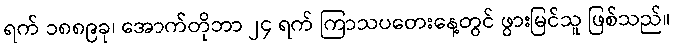
ရက် ၁၈၈၉ခု၊ အောက်တိုဘာ ၂၄ ရက် ကြာသပတေးနေ့တွင် ဖွားမြင်သူ ဖြစ်သည်။